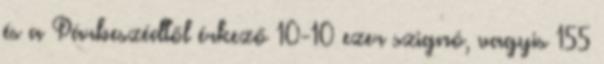
és a Párbeszédtől érkező 10-10 ezer szignó, vagyis 155